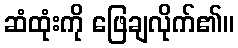
ဆံထုံးကို ဖြေချလိုက်၏။